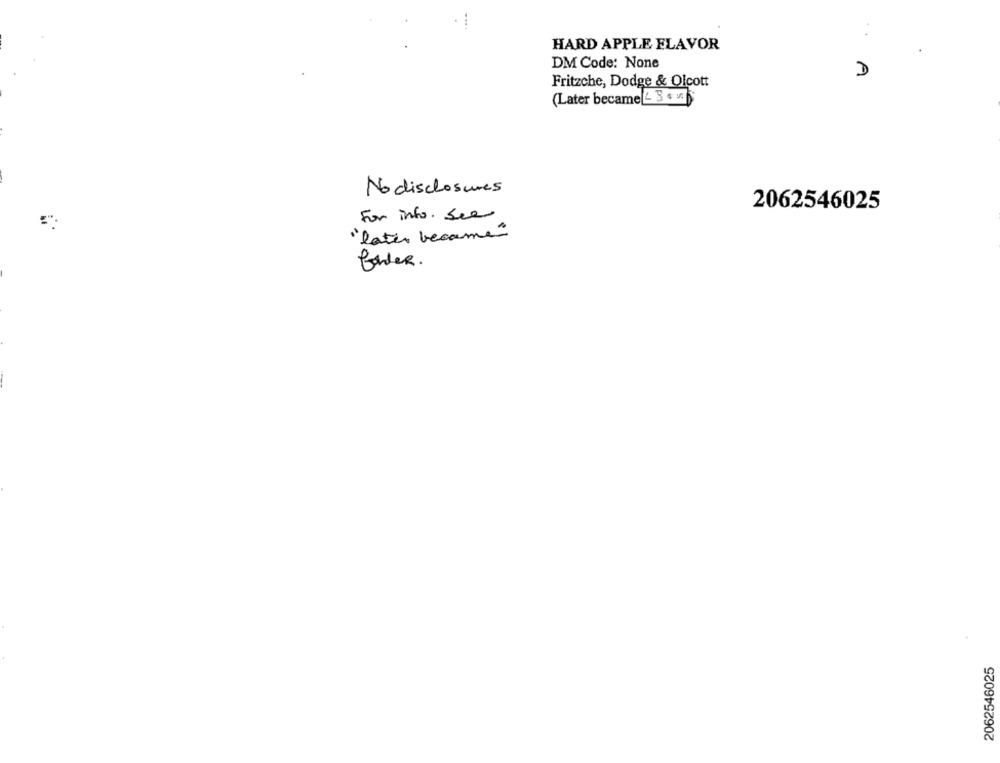
HARD APPLE FLAVOR
DM Code: None
D
Fritzche, Dodge & Olcott
(Later became 2 3 + v.
No disclosures
2062546025
For info. See
"later became"
fonder.
2062546025